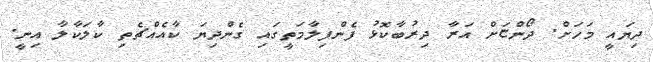
ދިޔައީ މަހަށް. ދޯންޏަށް އަރާ ދިރުބާކޮޅު ފެންފިލާމަތީގައި ގެންދިޔަ ކާއެއްޗެތި ކާލަކާލާ އިނީ.